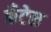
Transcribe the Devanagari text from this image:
कॅंटेस